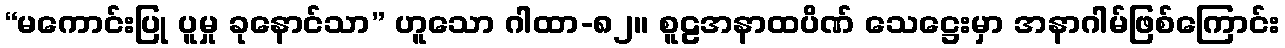
“မကောင်းပြု ပူမှု ခုနောင်သာ” ဟူသော ဂါထာ-၈၂။ စူဠအနာထပိဏ် သေဋ္ဌေးမှာ အနာဂါမ်ဖြစ်ကြောင်း